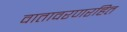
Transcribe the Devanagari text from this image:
वातावरणरहित